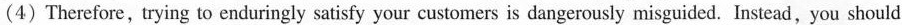
(4) Therefore, trying to enduringly satisfy your customers is dangerously misguided. Instead, you should